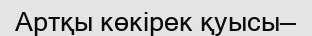
Артқы көкірек қуысы—